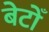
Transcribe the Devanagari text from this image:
बेटोँ